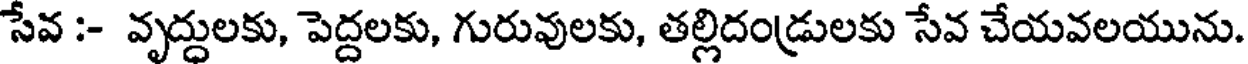
సేవ :- వృద్దులకు, పెద్దలకు, గురువులకు, తల్లిదండ్రులకు సేవ చేయవలయును.